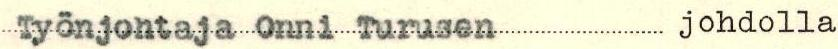
Työnjohtaja Onni Turusen johdolla